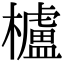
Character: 櫨